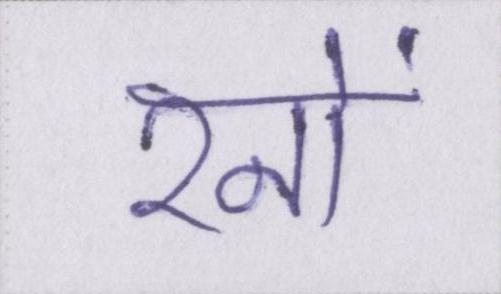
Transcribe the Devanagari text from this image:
रनों